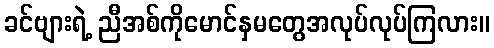
ခင်ဗျားရဲ့ ညီအစ်ကိုမောင်နှမတွေအလုပ်လုပ်ကြလား။